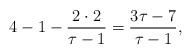
LaTeX: \begin{align*}4-1-\frac{2\cdot 2}{\tau-1}= \frac{3\tau - 7}{\tau-1},\end{align*}